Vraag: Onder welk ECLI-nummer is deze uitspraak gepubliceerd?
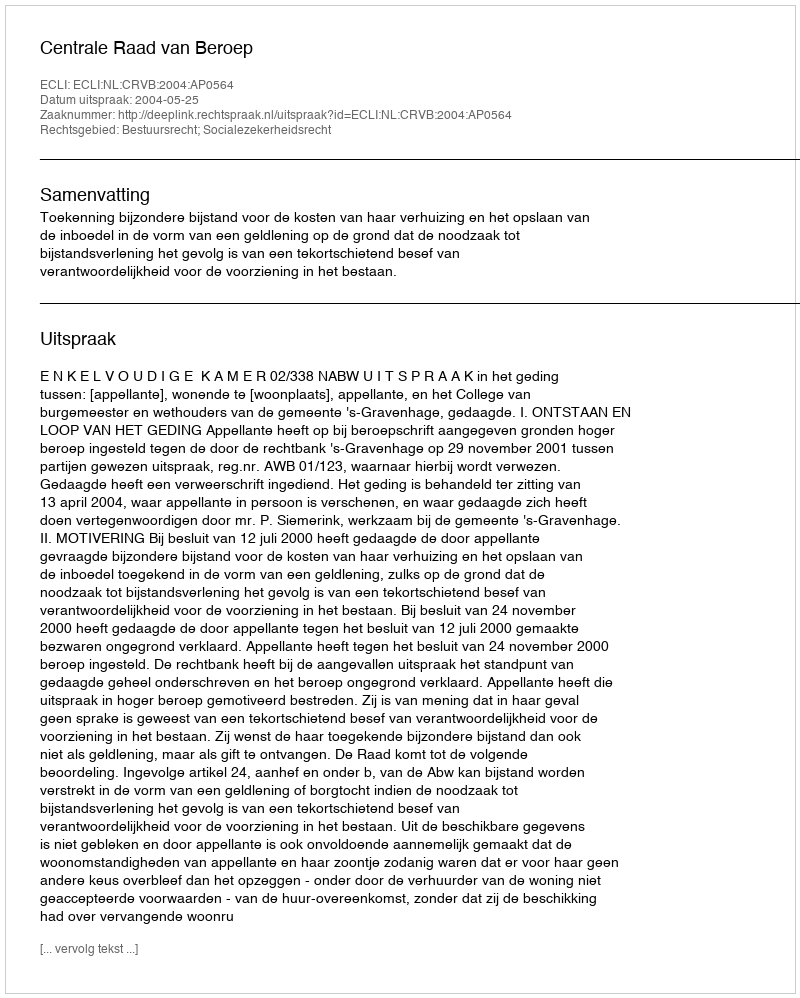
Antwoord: ECLI:NL:CRVB:2004:AP0564